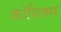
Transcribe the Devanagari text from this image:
कोसिक्स